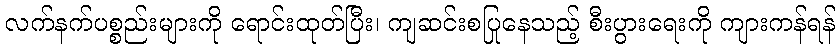
လက်နက်ပစ္စည်းများကို ရောင်းထုတ်ပြီး၊ ကျဆင်းစပြုနေသည့် စီးပွားရေးကို ကျားကန်ရန်